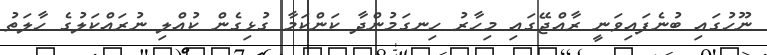
ނޫހުގައި ބުނެފައިވަނީ ރާއްޖޭގައި މިހާރު ހިނގަމުންދާ ކަންކަމާ ގުޅިގެން ކުއްލި ނުރައްކަލުގެ ހާލަތު